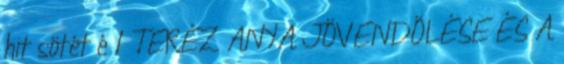
hit sötét é 1 TERÉZ ANYA JÖVENDÖLÉSE ÉS A